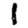
Digit: 1